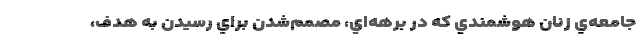
جامعه‌ي زنانِ هوشمندي که در برهه‌اي، مصمم‌شدن براي رسيدن به هدف،